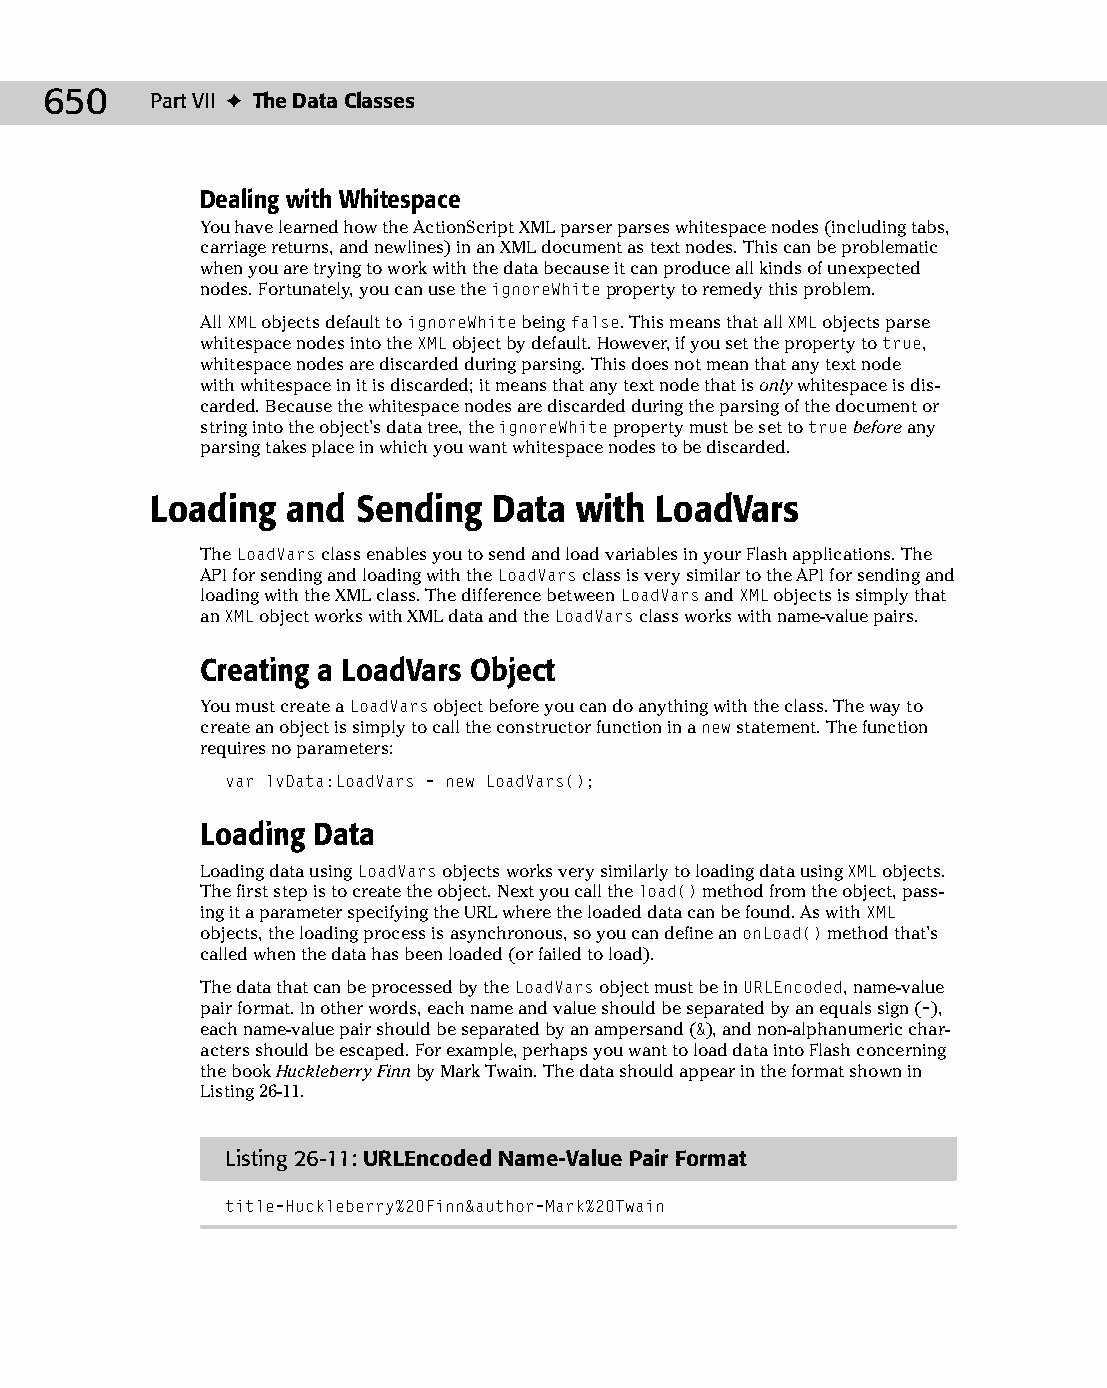
34 543547 ch26.qxd 3/24/04 4:08 PM Page 650
 650    Part VII ✦ The Data Classes
 Dealing with Whitespace
 You have learned how the ActionScript XML parser parses whitespace nodes (including tabs,
 carriage returns, and newlines) in an XML document as text nodes. This can be problematic
 when you are trying to work with the data because it can produce all kinds of unexpected
 nodes. Fortunately, you can use the ignoreWhite property to remedy this problem.
 All XML objects default to ignoreWhite being false. This means that all XML objects parse
 whitespace nodes into the XML object by default. However, if you set the property to true,
 whitespace nodes are discarded during parsing. This does not mean that any text node
 with whitespace in it is discarded; it means that any text node that is only whitespace is dis­
 carded. Because the whitespace nodes are discarded during the parsing of the document or
 string into the object’s data tree, the ignoreWhite property must be set to true before any
 parsing takes place in which you want whitespace nodes to be discarded.
 Loading  and  Sending  Data with LoadVars
 The LoadVars class enables you to send and load variables in your Flash applications. The
 API for sending and loading with the LoadVars class is very similar to the API for sending and
 loading with the XML class. The difference between LoadVars and XML objects is simply that
 an XML object works with XML data and the LoadVars class works with name-value pairs.
 Creating a LoadVars Object
 You must create a LoadVars object before you can do anything with the class. The way to
 create an object is simply to call the constructor function in a new statement. The function
 requires no parameters:
 var lvData:LoadVars = new LoadVars();
 Loading Data
 Loading data using LoadVars objects works very similarly to loading data using XML objects.
 The first step is to create the object. Next you call the load() method from the object, pass­
 ing it a parameter specifying the URL where the loaded data can be found. As with XML
 objects, the loading process is asynchronous, so you can define an onLoad() method that’s
 called when the data has been loaded (or failed to load).
 The data that can be processed by the LoadVars object must be in URLEncoded, name-value
 pair format. In other words, each name and value should be separated by an equals sign (=),
 each name-value pair should be separated by an ampersand (&), and non-alphanumeric char­
 acters should be escaped. For example, perhaps you want to load data into Flash concerning
 the book Huckleberry Finn by Mark Twain. The data should appear in the format shown in
 Listing 26-11.
 Listing 26-11: URLEncoded Name-Value Pair Format
 title=Huckleberry%20Finn&author=Mark%20Twain